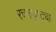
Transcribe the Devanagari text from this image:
रचनादृष्ट्या